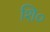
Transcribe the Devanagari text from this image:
शि०